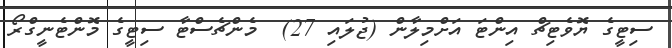
ސިޓީގެ ޔޮވެޓިޗް އިންޓަ އަށްމިލާން (ޖުލައި 27)  މެންޗެސްޓާ ސިޓީގެ މޮންޓެނީގްރޯ